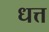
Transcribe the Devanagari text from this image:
धत्त